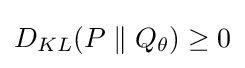
D_{KL}(P\parallel Q_{\theta })\geq 0